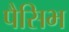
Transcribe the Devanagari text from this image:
पैसिभ